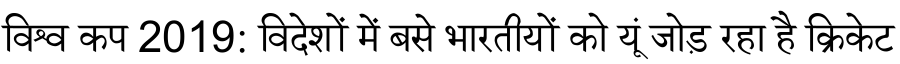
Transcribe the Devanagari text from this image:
विश्व कप 2019: विदेशों में बसे भारतीयों को यूं जोड़ रहा है क्रिकेट